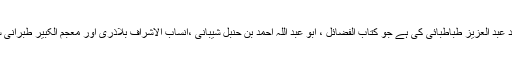
الحسین والسنه: سید عبد العزیز طباطبائی کی ہے جو کتاب الفضائل ، ابو عبد اللہ احمد بن حنبل شیبانی ،انساب الاشراف بلاذری اور معجم الکبیر طبرانی سے اخذ شدہ ہے ۔